Lunatic asylums in Bengal annual reports 1899-1911 - 1899-1911
Year: 1899
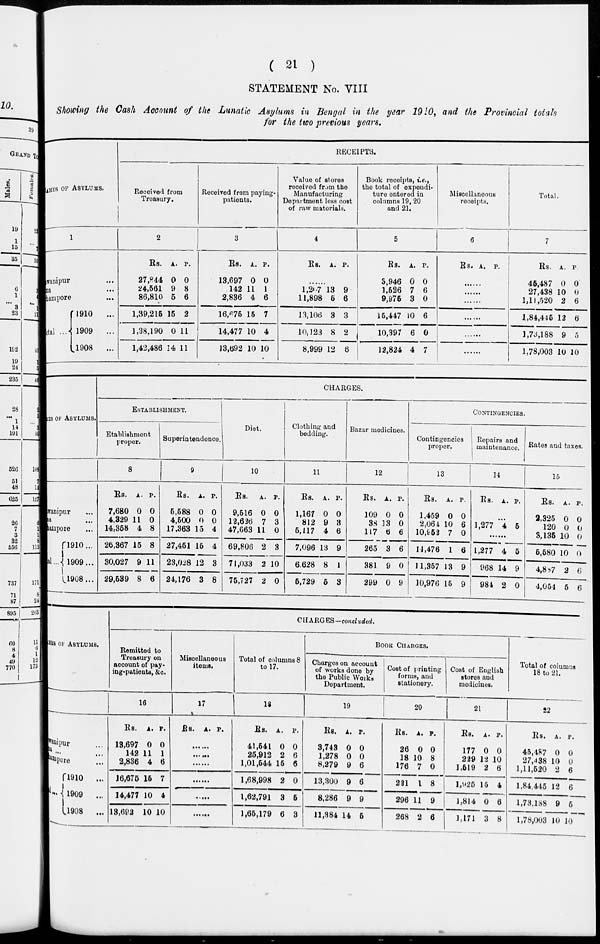
( 21 )
STATEMENT No. VIII
Showing the Cash Account of the Lunatic Asylums in Bengal in the year 1910, and the Provincial totals
for the two previous years.
NAMES OF ASYLUMS.
1
Bhawanipur
...
Patna ...
Berhampore ...
Total
1910
...
1909
...
1908
...
RECEIPTS.
Received from
Treasury.
2
Rs.
27,844
24,561
86,810
1,39,215
1,38,190
1,42,486
A.
0
9
5
15
0
14
P.
0
8
6
2
11
11
Received from paying-
patients.
3
Rs.
13,697
142
2,836
16,675
14,477
13,692
A.
0
11
4
15
10
10
P.
0
1
6
7
4
10
Value of stores
received from the
Manufacturing
Department less cost
of raw materials.
4
Rs. A. P.
......
1,207
11,898
13,106
10,123
8,999
13
6
3
8
12
9
6
3
2
6
Book receipts, i.e.,
the total of expendi-
ture entered in
columns 19, 20
and 21.
5
Rs.
3,946
1,526
9,975
15,447
10,397
12,824
A.
0
7
3
10
6
4
P.
0
6
0
6
0
7
Miscellaneous
receipts.
6
Rs. A. P.
......
......
......
......
Total.
7
Rs.
46,487
27,438
1,11,520
1,84,445
1,73,188
1,78,003
A.
0
10
2
12
9
10
P
0
0
6
6
5
10
NAMES
OF ASYLUMS.
Bhawanipur ...
Patna ...
Berhampore ...
Total . . .
1910...
1909...
1908...
CHARGES.
ESTABLISHMENT.
Etablishment
proper.
8
Rs.
7,680
4,329
14,358
26,367
30,027
29,539
A.
0
11
4
15
9
8
P.
0
0
8
8
11
6
Superintendence.
9
Rs.
5,588
4,500
17,363
27,451
23,028
24,176
A.
0
0
15
15
12
3
P.
0
0
4
4
3
8
Diet.
10
Rs.
9,516
12,626
47,663
69,806
71,033
75,727
A.
0
7
11
2
2
2
P.
0
3
0
3
10
0
Clothing and
bedding.
11
Rs.
1,167
812
5,117
7,096
6.628
5,729
A.
0
9
4
13
8
5
P.
0
3
6
9
1
3
Bazar medicines.
12
Rs.
109
38
117
265
381
299
A.
0
13
6
3
9
0
P.
0
0
6
6
0
9
CONTINGENCIES.
Contingencies
proper.
13
Rs.
1,459
2,064
10,952
14,476
11,357
10,976
A.
0
10
7
1
13
15
P.
0
6
0
6
9
9
Repairs and
maintenance.
14
Rs. A. P.
......
1,277 4 5
......
1,277
968
984
4
14
2
5
9
0
Rates and taxes.
15
Rs.
2,325
120
3,135
5,580
4,887
4,054
A.
0
0
10
10
2
5
P.
0
0
0
0
6
6
NAMES OF ASYLUMS.
Bhawanipur ...
Patna ...
Berhampore
Total ... 1910
...
1909
...
1908
...
CHARGES—concluded.
Remitted to
Treasury on
aocount of pay-
ing-patients, &c.
16
Rs.
13,697
142
2,836
16,675
14,477
13,692
A.
0
11
4
15
10
10
p.
0
1
6
7
4
10
Miscellaneous
items.
17
Rs. A. P.
......
......
......
......
......
......
Total of columns 8
to 17.
18
Rs.
41,541
25,912
1,01,544
1,68,998
1,62,791
1,65,179
A.
0
2
15
2
3
6
p.
0
6
6
0
5
3
BOOK CHARGES.
Cbarges on account
of works done by
the Public Works
Department.
19
Rs.
3,743
1,278
8,279
13,300
8,286
11,384
A.
0
0
9
9
9
14
p.
0
0
6
6
9
5
Cost of printing
forms, and
stationery.
20
Rs.
26
18
176
231
296
268
A.
0
10
7
1
11
2
p.
0
8
0
8
9
6
Cost of English
stores and
medicines.
21
Rs.
177
229
1,519
1,925
1,814
1,171
A.
0
12
2
15
0
3
p.
0
10
6
4
6
8
Total of columns
18 to 21.
22
Rs.
45,487
27,438
1,11,520
1,84,445
1,73,188
1,78,003
A.
0
10
2
12
9
10
p.
0
0
6
6
5
10